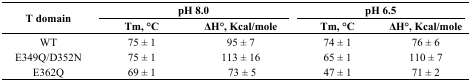
<table><thead><tr><td rowspan="2"><b>T domain</b></td><td colspan="2"><b>pH 8.0</b></td><td colspan="2"><b>pH 6.5</b></td></tr><tr><td><b>Tm, °C</b></td><td><b>ΔH°, Kcal/mole</b></td><td><b>Tm, °C</b></td><td><b>ΔH°, Kcal/mole</b></td></tr></thead><tbody><tr><td>WT</td><td>75 ± 1</td><td>95 ± 7</td><td>74 ± 1</td><td>76 ± 6</td></tr><tr><td>E349Q/D352N</td><td>75 ± 1</td><td>113 ± 16</td><td>65 ± 1</td><td>110 ± 7</td></tr><tr><td>E362Q</td><td>69 ± 1</td><td>73 ± 5</td><td>47 ± 1</td><td>71 ± 2</td></tr></tbody></table>